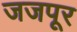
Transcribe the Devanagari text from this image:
जजपूर